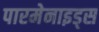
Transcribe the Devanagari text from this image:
पारमेनाइड्स